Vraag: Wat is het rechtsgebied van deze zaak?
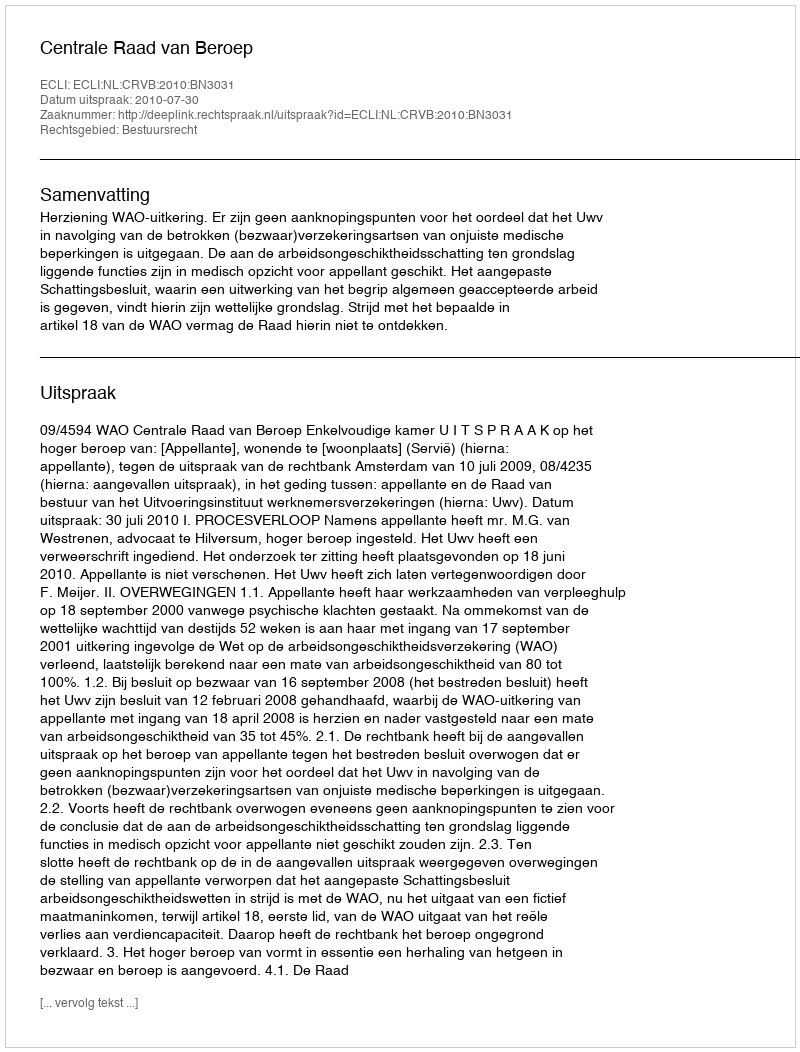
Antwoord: Bestuursrecht